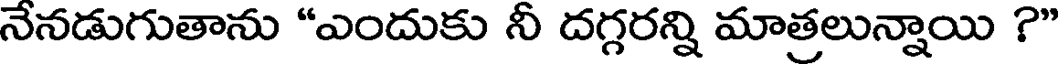
నేనడుగుతాను "ఎందుకు నీ దగ్గరన్ని మాత్రలున్నాయి ?"